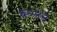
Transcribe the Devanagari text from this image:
६०४२